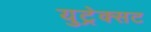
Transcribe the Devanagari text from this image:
युट्रेक्सट